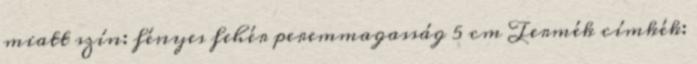
miatt szín: fényes fehér peremmagasság 5 cm Termék címkék: